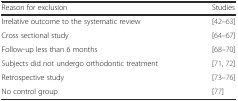
<table><thead><tr><td><b>Reason for exclusion</b></td><td><b>Studies</b></td></tr></thead><tbody><tr><td>Irrelative outcome to the systematic review</td><td>[42–63]</td></tr><tr><td>Cross sectional study</td><td>[64–67]</td></tr><tr><td>Follow-up less than 6 months</td><td>[68–70]</td></tr><tr><td>Subjects did not undergo orthodontic treatment</td><td>[71, 72]</td></tr><tr><td>Retrospective study</td><td>[73–76]</td></tr><tr><td>No control group</td><td>[77]</td></tr></tbody></table>